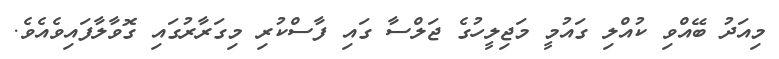
މިއަދު ބޭއްވި ކުއްލި ގައުމީ މަޖިލީހުގެ ޖަލްސާ ގައި ފާސްކުރި މިގަރާރުގައި ގޮވާލާފައިވެއެވެ.